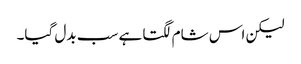
لیکن اس شام لگتا ہے سب بدل گیا۔